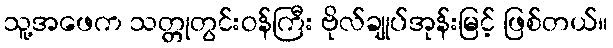
သူ့အဖေက သတ္တုတွင်းဝန်ကြီး ဗိုလ်ချုပ်အုန်းမြင့် ဖြစ်တယ်။